Annual report on the working of the lock hospitals in the Central Provinces
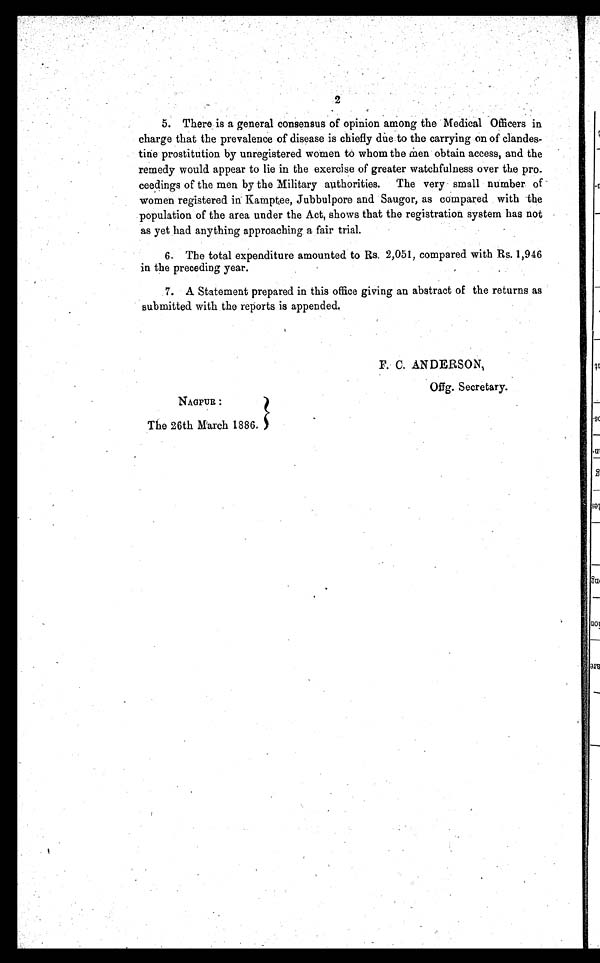
2
5. There is a general consensus of opinion among the Medical Officers in
charge that the prevalence of disease is chiefly due to the carrying on of clandes-
tine prostitution by unregistered women to whom the men obtain access, and the
remedy would appear to lie in the exercise of greater watchfulness over the pro-
ceedings of the men by the Military authorities. The very small number of
women registered in Kamptee, Jubbulpore and Saugor, as compared with the
population of the area under the Act, shows that the registration system has not
as yet had anything approaching a fair trial.
6. The total expenditure amounted to Rs. 2,051, compared with Rs. 1,946
in the preceding year.
7. A Statement prepared in this office giving an abstract of the returns as
submitted with the reports is appended.
F. C. ANDERSON,
Offg. Secretary.
N A G P U R :
The 26th March 1886.